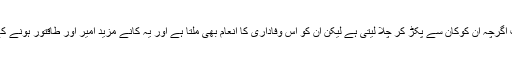
اقتدار کی باری لگانے والی طاقت اگرچہ ان کوکان سے پکڑ کر چلا لیتی ہے لیکن ان کو اس وفاداری کا انعام بھی ملتا ہے اور یہ کانے مزید امیر اور طاقتور ہونے کے ساتھ مزید کانے ہو جاتے ہیں۔